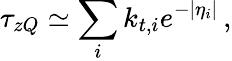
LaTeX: \tau_{zQ}\simeq\sum_{i}k_{t,i}e^{-|\eta_{i}|}\, ,